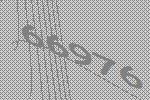
66976